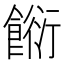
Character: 餰